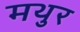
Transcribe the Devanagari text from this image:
मथुर